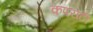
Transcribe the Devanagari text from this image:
कपरौटी